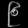
Digit: ၉